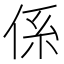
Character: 係